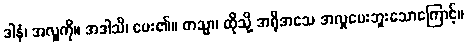
ဒါနံ၊ အလှူကို။ အဒါသိ၊ ပေး၏။ တသ္မာ၊ ထိုသို့ အရိုအသေ အလှုပေးဘူးသောကြောင့်။